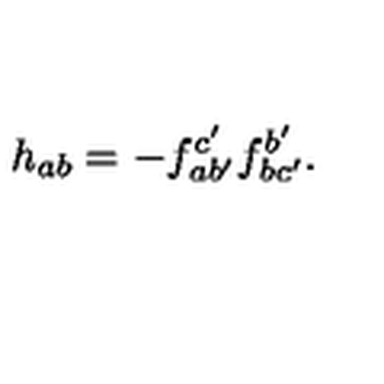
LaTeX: h _ { a b } = - f _ { a b ^ { \prime } } ^ { c ^ { \prime } } f _ { b c ^ { \prime } } ^ { b ^ { \prime } } .